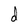
Character: d